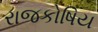
રાજકોષિય